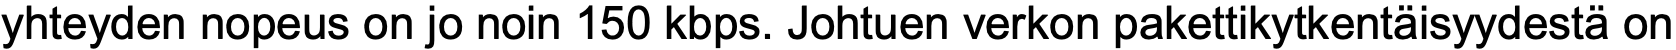
yhteyden nopeus on jo noin 150 kbps. Johtuen verkon pakettikytkentäisyydestä on